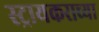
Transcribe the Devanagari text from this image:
स्ट्रायकराच्या